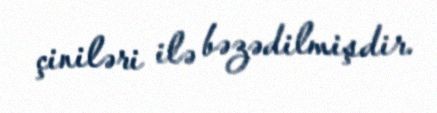
çiniləri ilə bəzədilmişdir.